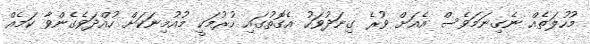
މުހުލަތެއް ނެގިނަމަވެސް އެއަށް ވުރެ ގިނަދުވަހު އެގޮތުގައި ހުރުމަކީ މުއުމިނަކަށް ހުއްދަވެގެންވާ ކަމެއް